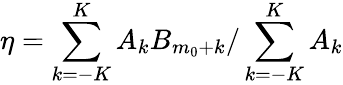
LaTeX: \eta=\sum_{k=-K}^{K}A_{k}B_{m_{0}+k}/\sum_{k=-K}^{K}A_{k}